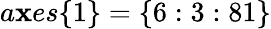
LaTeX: a\mathbf{x}es\{ 1\} =\{ 6:3:81\}